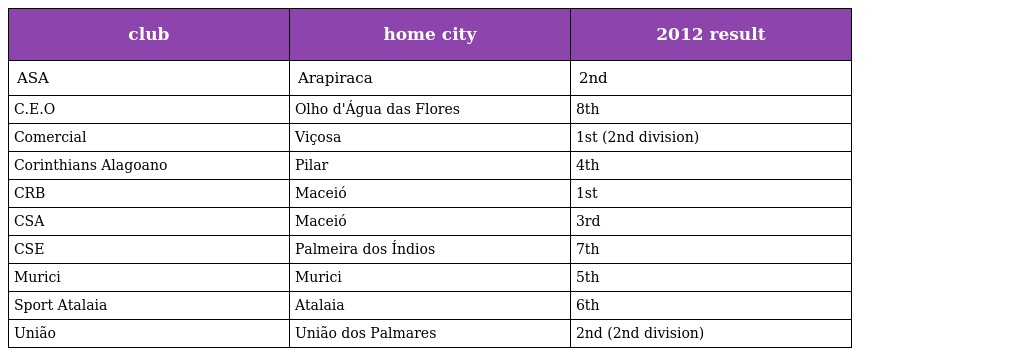
| club | home city | 2012 result |
 | --- | --- | --- |
 | ASA | Arapiraca | 2nd |
 | C.E.O | Olho d'Água das Flores | 8th |
 | Comercial | Viçosa | 1st (2nd division) |
 | Corinthians Alagoano | Pilar | 4th |
 | CRB | Maceió | 1st |
 | CSA | Maceió | 3rd |
 | CSE | Palmeira dos Índios | 7th |
 | Murici | Murici | 5th |
 | Sport Atalaia | Atalaia | 6th |
 | União | União dos Palmares | 2nd (2nd division) |